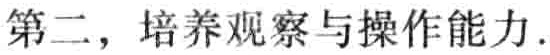
第二，培养观察与操作能力.